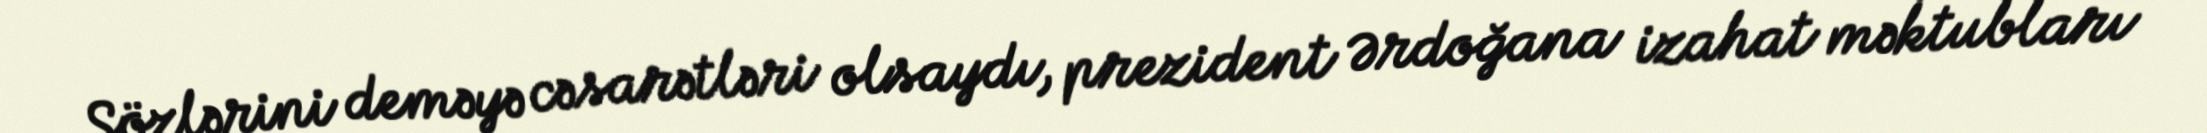
Sözlərini deməyə cəsarətləri olsaydı, prezident Ərdoğana izahat məktubları